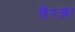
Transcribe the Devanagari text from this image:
वैरज्जा